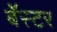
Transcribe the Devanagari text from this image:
बॅस्टर